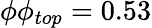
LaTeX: \phi\le\phi_{top}=0.53